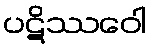
ပဋိဿဝေါ